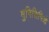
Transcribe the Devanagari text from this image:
मुनिसिपिओ